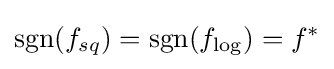
\operatorname {sgn}(f_{sq})=\operatorname {sgn}(f_{\log })=f^{*}